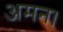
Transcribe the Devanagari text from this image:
अमन।